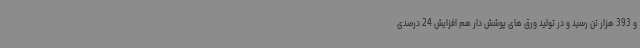
و 393 هزار تن رسید و در تولید ورق های پوشش دار هم افزایش 24 درصدی